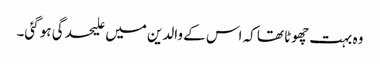
وہ بہت چھوٹا تھا کہ اس کے والدین میں علیحدگی ہو گئی۔